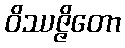
ဝိဿဇ္ဇိတော